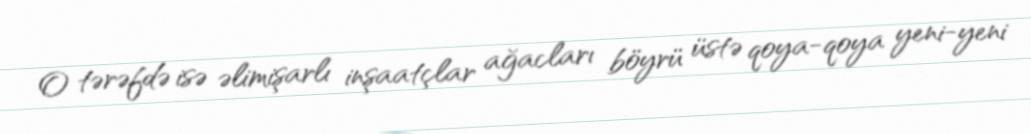
O tərəfdə isə əlimişarlı inşaatçlar ağacları böyrü üstə qoya-qoya yeni-yeni